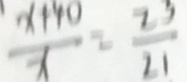
\frac { x + 4 0 } { x } = \frac { 2 3 } { 2 1 }